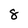
Character: 8